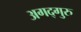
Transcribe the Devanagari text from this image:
अगद्गुरु